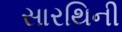
સારથિની